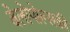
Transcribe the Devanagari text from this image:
बेलोपोल्सकी